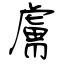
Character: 膚